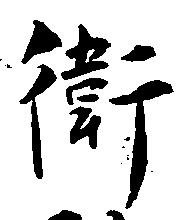
衛